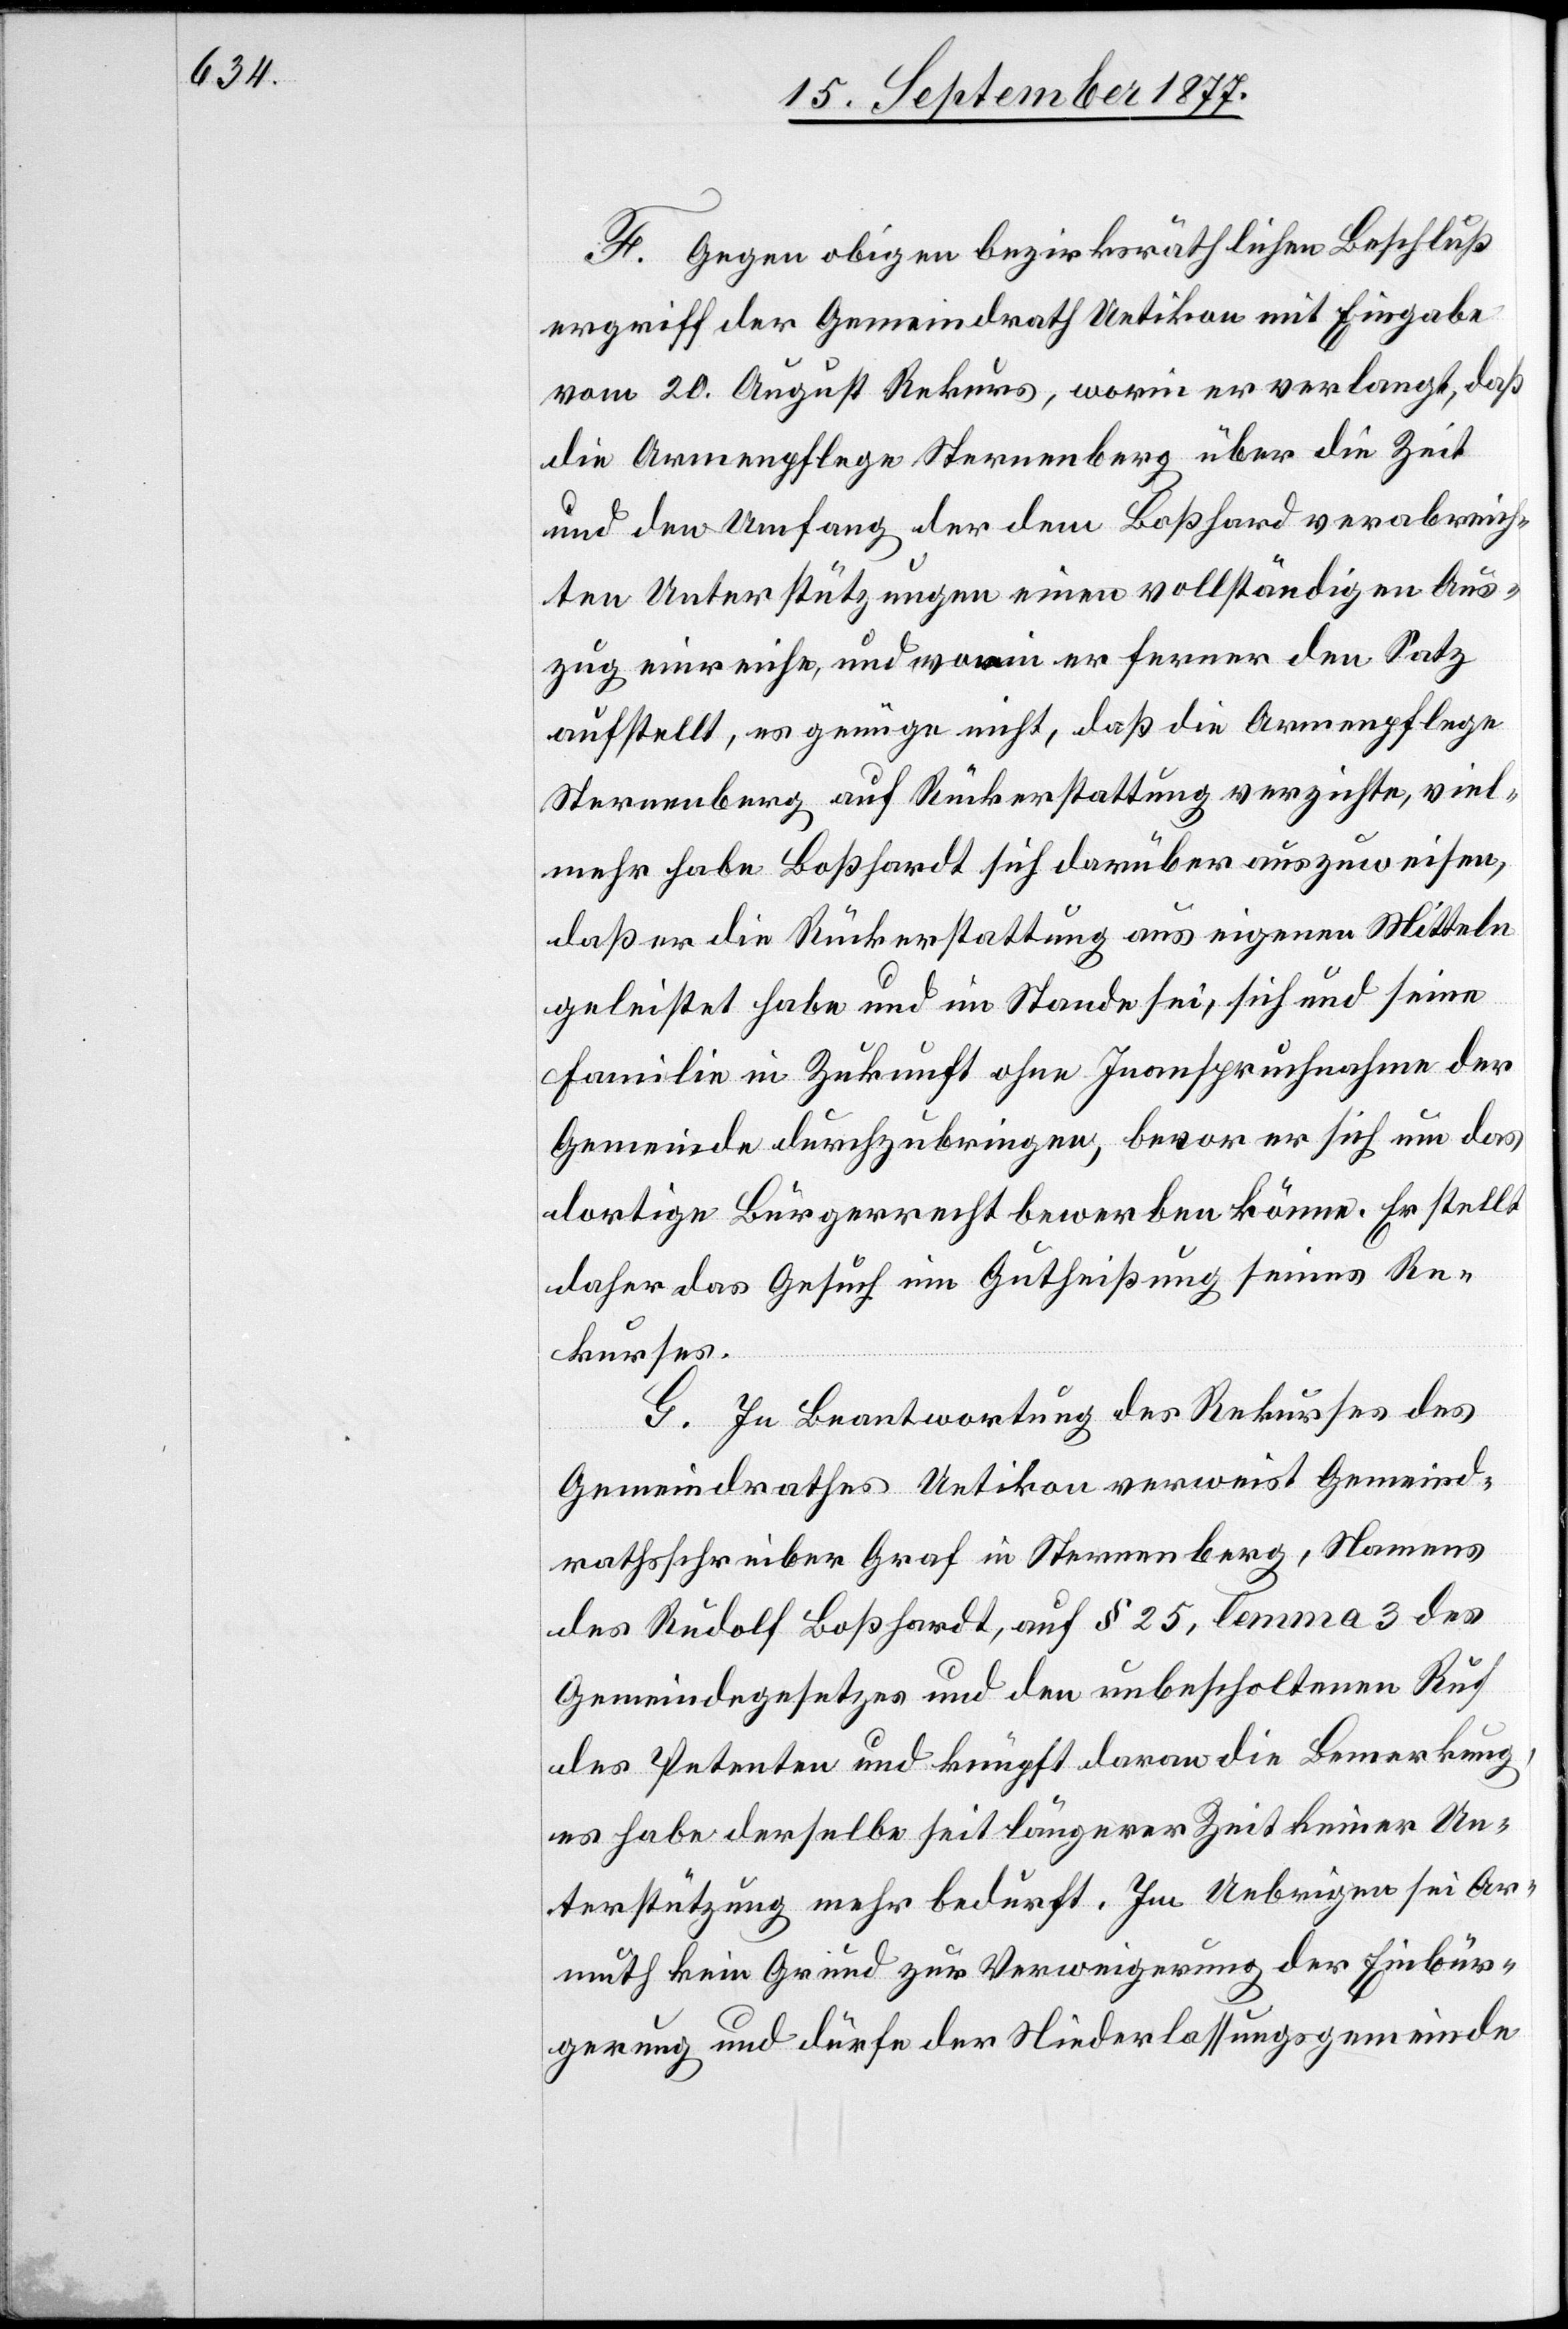
F. Gegen obigen bezirksräthlichen Beschluß
ergriff der Gemeindrath Uetikon mit Eingabe
vom 20. August Rekurs, worin er verlangt, daß
die Armenpflege Sternenberg über die Zeit
und den Umfang der dem Boßhard verabreich¬
ten Unterstützungen einen vollständigen Aus¬
zug einreiche, und worin er ferner den Satz
aufstellt, es genüge nicht, daß die Armenpflege
Sternenberg auf Rückerstattung verzichte, viel¬
mehr habe Boßhardt [sic!] sich darüber auszuweisen,
daß er die Rückerstattung aus eigenen Mitteln
geleistet habe und im Stande sei, sich und seine
Familie in Zukunft ohne Inanspruchnahme der
Gemeinde durchzubringen, bevor er sich um das
dortige Bürgerrecht bewerben könne. Er stellt
daher das Gesuch um Gutheißung seines Re¬
kurses.
G. In Beantwortung des Rekurses des
Gemeindrathes Uetikon verweist Gemeind¬
rathsschreiber Graf in Sternenberg, Namens
des Rudolf Boßhardt, auf § 25, lemma 3 des
Gemeindegesetzes und den unbescholtenen Ruf
des Petenten und knüpft daran die Bemerkung,
es habe derselbe seit längerer Zeit keiner Un¬
terstützung mehr bedurft. Im Uebrigen sei Ar¬
muth kein Grund zur Verweigerung der Einbür¬
gerung und dürfe der Niederlassungsgemeinde